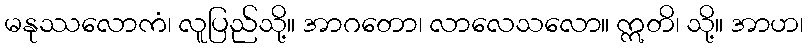
မနုဿလောကံ၊ လူပြည်သို့။ အာဂတော၊ လာလေသလော။ ဣတိ၊ သို့။ အာဟ၊